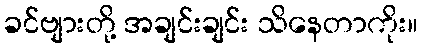
ခင်ဗျားတို့ အချင်းချင်း သိနေတာကိုး။